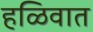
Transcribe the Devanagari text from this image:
हळिवात